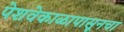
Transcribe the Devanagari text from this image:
पेशवेकाळापासूनचा